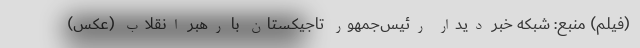
(فیلم) منبع: شبکه خبر دیدار رئیس‌جمهور تاجیکستان با رهبر انقلاب (عکس)